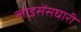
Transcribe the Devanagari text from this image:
लाइसेंसघारी